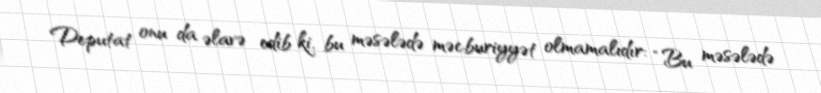
Deputat onu da əlavə edib ki, bu məsələdə məcburiyyət olmamalıdır: “Bu məsələdə